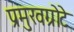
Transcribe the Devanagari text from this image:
प्रमुखग्रोटे